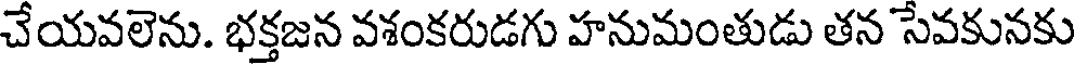
చేయవలెను. భక్తజన వశంకరుడగు హనుమంతుడు తన సేవకునకు